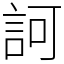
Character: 訶